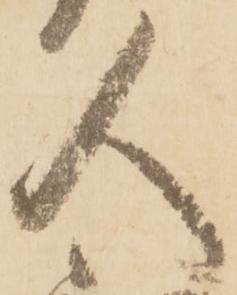
人